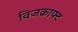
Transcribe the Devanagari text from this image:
विजक्राफ्ट